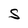
Character: S